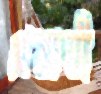
প্রভাতী